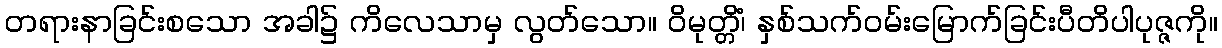
တရားနာခြင်းစသော အခါ၌ ကိလေသာမှ လွတ်သော။ ဝိမုတ္တိံ၊ နှစ်သက်ဝမ်းမြောက်ခြင်းပီတိပါပုဇ္ဇကို။